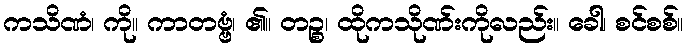
ကသိဏံ၊ ကို။ ကာတဗ္ဗံ၊ ၏။ တဉ္စ၊ ထိုကသိုဏ်းကိုလည်း။ ခေါ၊ စင်စစ်။